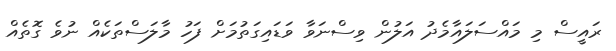
ރައީސް މި މައްސަލައާމެދު އަލުން ވިސްނަވާ ވަޑައިގަތުމަށް ފަހު މާލަސްތަކެއް ނުވެ ގޮތެއް